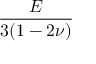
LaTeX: \frac { E } { 3 ( 1 - 2 \nu ) }